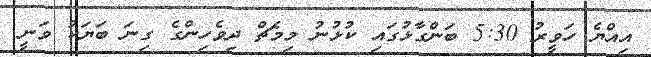
އިއްޔެ ހަވީރު 5:30 ބަންގާޅުގައި ކުޅުނު މިމެޗް ދިވެހިންގެ ގިނަ ބަޔަކު ވަނީ